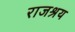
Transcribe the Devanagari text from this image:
राजश्रय